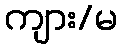
ကျား/မ